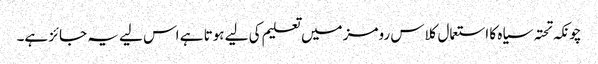
چونکہ تحتہ سیاہ کا استعمال کلاس رومز میں تعلیم کی لیے ہوتا ہے اس لیے یہ جائز ہے۔